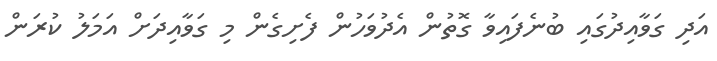
އަދި ގަވާއިދުގައި ބުނެފައިވާ ގޮތުން އެދުވަހުން ފެށިގެން މި ގަވާއިދަށް އަމަލު ކުރަން